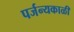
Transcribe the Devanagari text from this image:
पर्जन्यकाळी